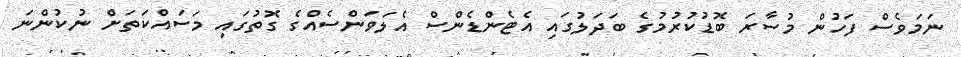
ނަމަވެސް ފަހުން މުސާރަ ބޮޑުކުރުމުގެ ބަދަލުގައި އެޓެންޑެންސް އެލަވަންސެއްގެ ގޮތުގައި މަސައްކަތަށް ނުކުންނަ